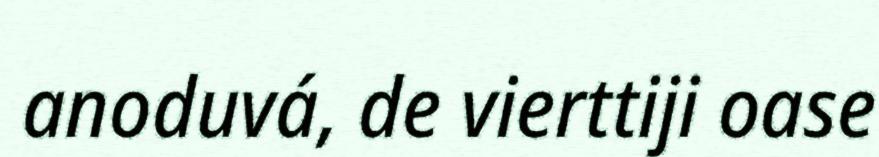
anoduvá, de vierttiji oase